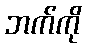
ဘက်ကို